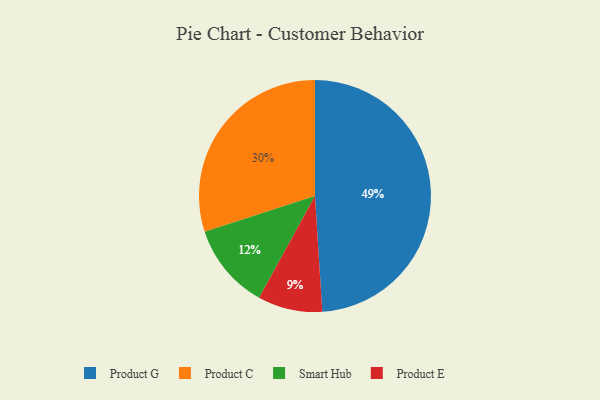
{"axis": {"x": "Category", "y": "Percentage"}, "legend": ["Product C", "Product E", "Product G", "Smart Hub"], "data": [{"x": "Product C", "y": 30, "type": "Product C"}, {"x": "Smart Hub", "y": 12, "type": "Smart Hub"}, {"x": "Product E", "y": 9, "type": "Product E"}, {"x": "Product G", "y": 49, "type": "Product G"}]}